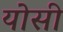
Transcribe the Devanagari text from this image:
योसी